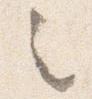
之